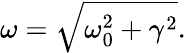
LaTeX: \omega=\sqrt{\omega_{0}^{2}+\gamma^{2}}.